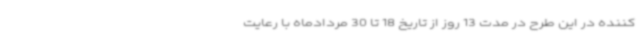
کننده در این طرح در مدت 13 روز از تاریخ 18 تا 30 مردادماه با رعایت